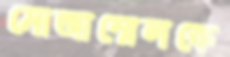
মোজাম্মেলকে